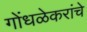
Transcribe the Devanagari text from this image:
गोंधळेकरांचे